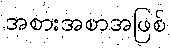
အစားအစာအဖြစ်